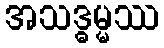
အသဒ္ဓမ္မဿ